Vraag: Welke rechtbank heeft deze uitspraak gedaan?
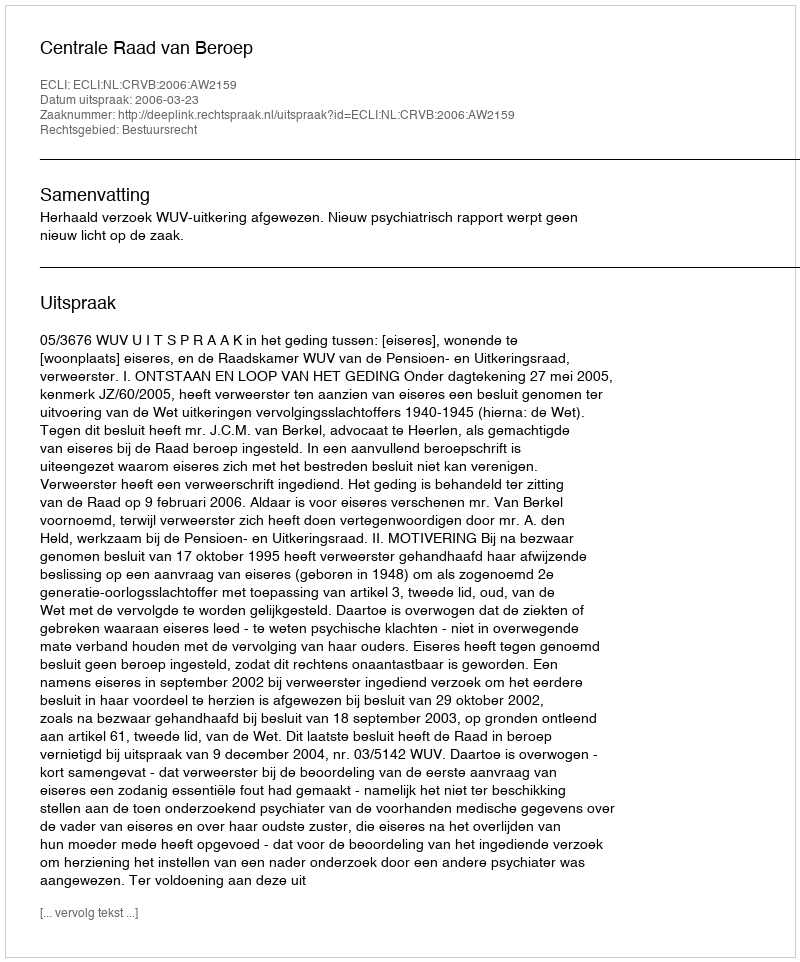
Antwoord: Centrale Raad van Beroep